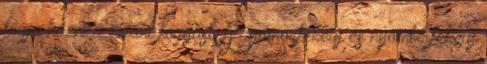
fogja hozni a kívánt fogyást. A gyomorfekély és nyombélfekély